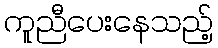
ကူညီပေးနေသည့်